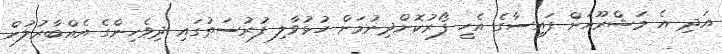
އަދި އެ މަޝްރޫއަށް ފައިސާގެ އެހީ ފޯރުކޮށްދިނުމަށް ހުޅުވާލި ފުރުސަތުގައި ދިވެހިންގެ އެއްބާރުލުން